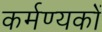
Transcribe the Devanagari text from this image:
कर्मण्यकों